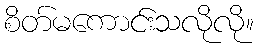
စိတ်မကောင်းသလိုလို။